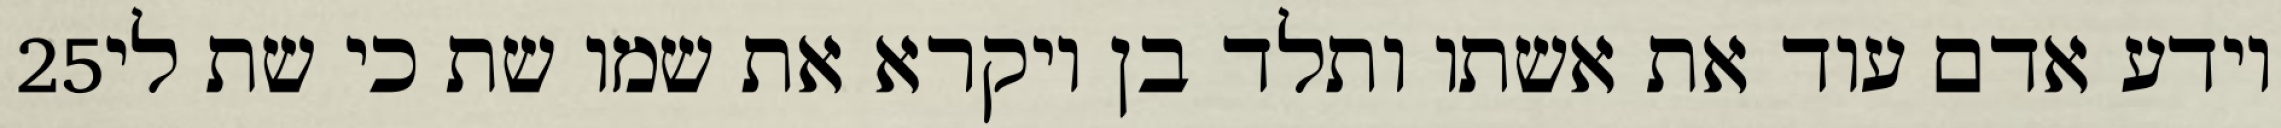
‎25‏ וידע אדם עוד את אשתו ותלד בן ויקרא את שמו שת כי שת לי